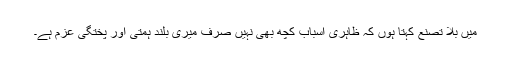
میں بلا تصنع کہتا ہوں کہ ظاہری اسباب کچھ بھی نہیں صرف میری بلند ہمتی اور پختگی عزم ہے۔